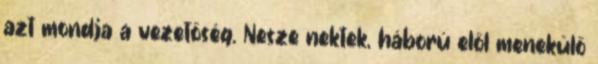
azt mondja a vezetőség. Nesze nektek, háború elől menekülő